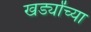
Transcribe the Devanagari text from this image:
खर्ड्यांच्या